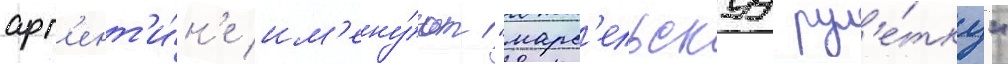
арг'ент'и́н'е им'ену́ют "марс'ельскуу рул'е́тку"